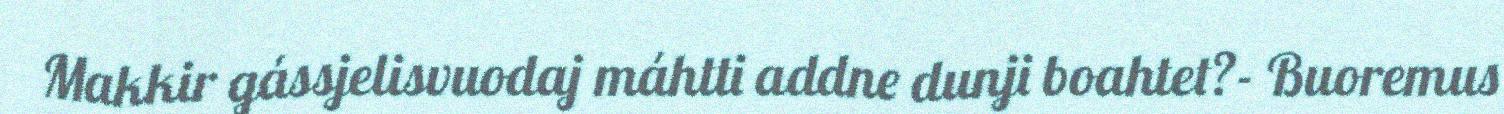
Makkir gássjelisvuodaj máhtti addne dunji boahtet?- Buoremus